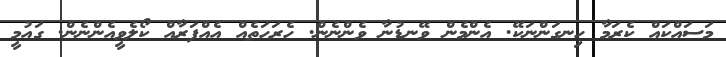
މަސައްކައް ކެރަމާ ހިނގަންނަކޭ. އެންމެން ވޭނޑުނާ ވެންނެން. ހެރަހަތެއް އެއްފަރާއް ކޯލެވީއެންނެން. ގައުމީ